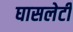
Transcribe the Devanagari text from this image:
घासलेटी